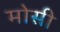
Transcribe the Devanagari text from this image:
मोसी